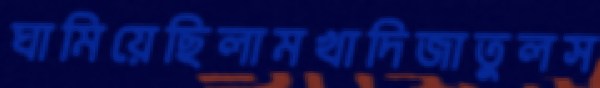
ঘামিয়েছিলামখাদিজাতুলস